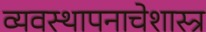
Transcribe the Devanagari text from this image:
व्यवस्थापनाचेशास्त्र